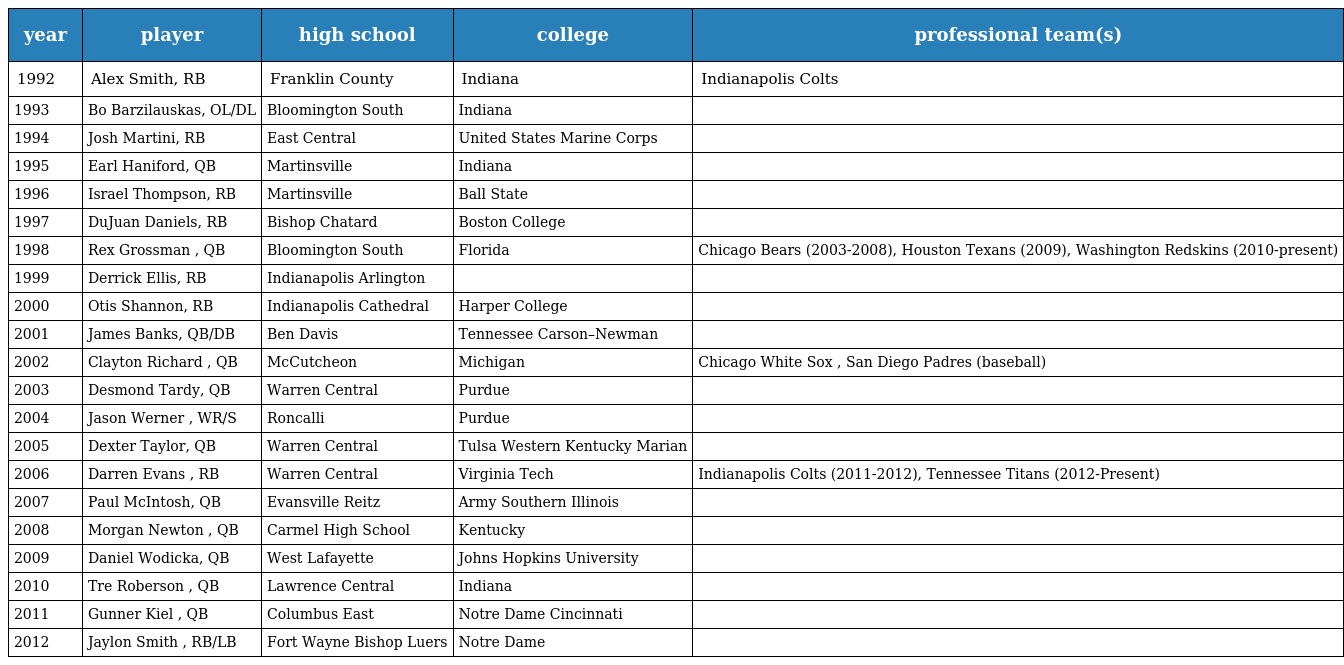
| year | player | high school | college | professional team(s) |
 | --- | --- | --- | --- | --- |
 | 1992 | Alex Smith, RB | Franklin County | Indiana | Indianapolis Colts |
 | 1993 | Bo Barzilauskas, OL/DL | Bloomington South | Indiana |  |
 | 1994 | Josh Martini, RB | East Central | United States Marine Corps |  |
 | 1995 | Earl Haniford, QB | Martinsville | Indiana |  |
 | 1996 | Israel Thompson, RB | Martinsville | Ball State |  |
 | 1997 | DuJuan Daniels, RB | Bishop Chatard | Boston College |  |
 | 1998 | Rex Grossman , QB | Bloomington South | Florida | Chicago Bears (2003-2008), Houston Texans (2009), Washington Redskins (2010-present) |
 | 1999 | Derrick Ellis, RB | Indianapolis Arlington |  |  |
 | 2000 | Otis Shannon, RB | Indianapolis Cathedral | Harper College |  |
 | 2001 | James Banks, QB/DB | Ben Davis | Tennessee Carson–Newman |  |
 | 2002 | Clayton Richard , QB | McCutcheon | Michigan | Chicago White Sox , San Diego Padres (baseball) |
 | 2003 | Desmond Tardy, QB | Warren Central | Purdue |  |
 | 2004 | Jason Werner , WR/S | Roncalli | Purdue |  |
 | 2005 | Dexter Taylor, QB | Warren Central | Tulsa Western Kentucky Marian |  |
 | 2006 | Darren Evans , RB | Warren Central | Virginia Tech | Indianapolis Colts (2011-2012), Tennessee Titans (2012-Present) |
 | 2007 | Paul McIntosh, QB | Evansville Reitz | Army Southern Illinois |  |
 | 2008 | Morgan Newton , QB | Carmel High School | Kentucky |  |
 | 2009 | Daniel Wodicka, QB | West Lafayette | Johns Hopkins University |  |
 | 2010 | Tre Roberson , QB | Lawrence Central | Indiana |  |
 | 2011 | Gunner Kiel , QB | Columbus East | Notre Dame Cincinnati |  |
 | 2012 | Jaylon Smith , RB/LB | Fort Wayne Bishop Luers | Notre Dame |  |